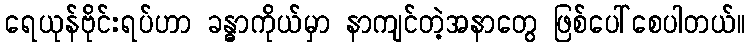
ရေယုန်ဗိုင်းရပ်ဟာ ခန္ဓာကိုယ်မှာ နာကျင်တဲ့အနာတွေ ဖြစ်ပေါ်စေပါတယ်။